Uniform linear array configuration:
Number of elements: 64
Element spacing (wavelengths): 0.25
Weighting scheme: hamming
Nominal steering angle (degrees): -60
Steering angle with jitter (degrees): -58.128
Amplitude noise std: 0.05
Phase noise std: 0.05

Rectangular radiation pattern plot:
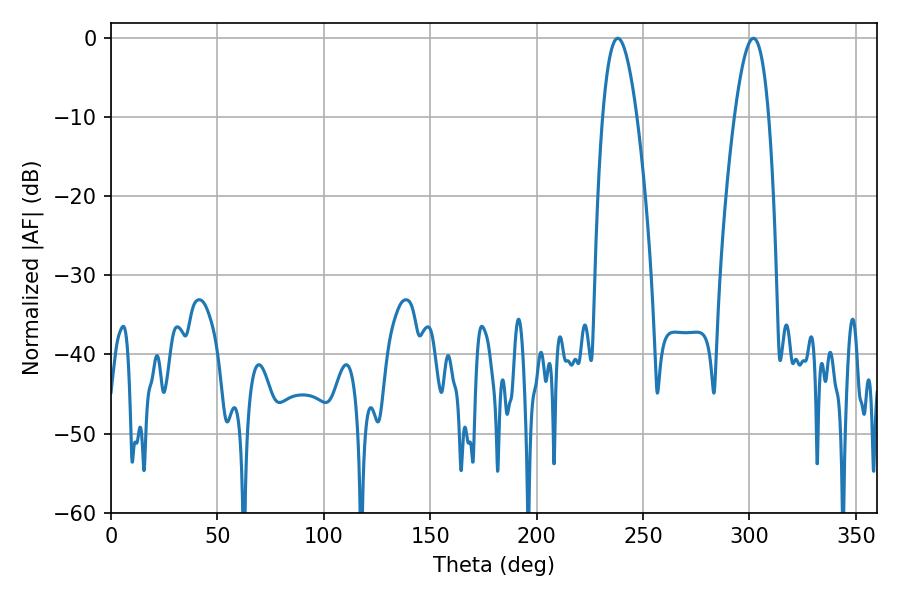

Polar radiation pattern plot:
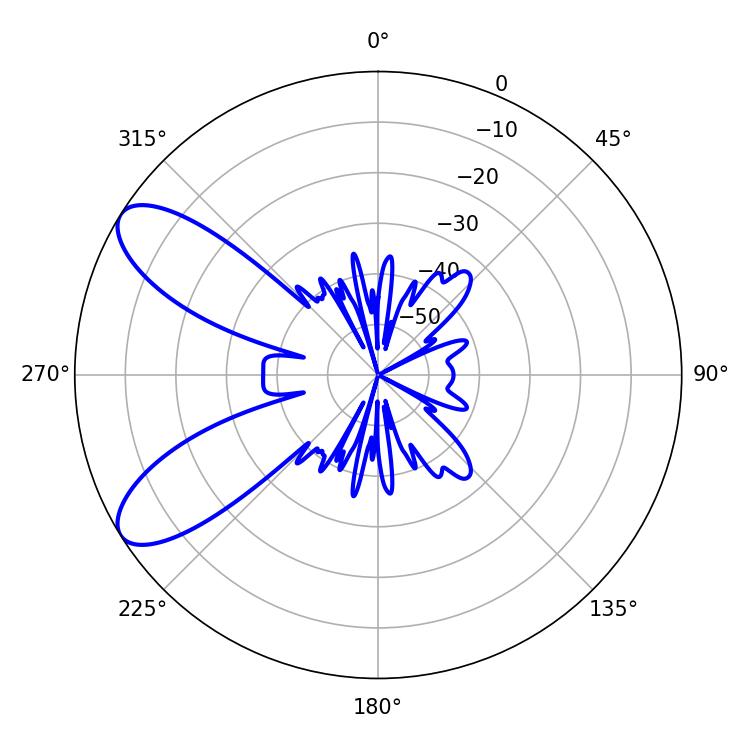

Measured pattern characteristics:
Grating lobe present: FALSE
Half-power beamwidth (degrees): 8.82
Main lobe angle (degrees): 238.14